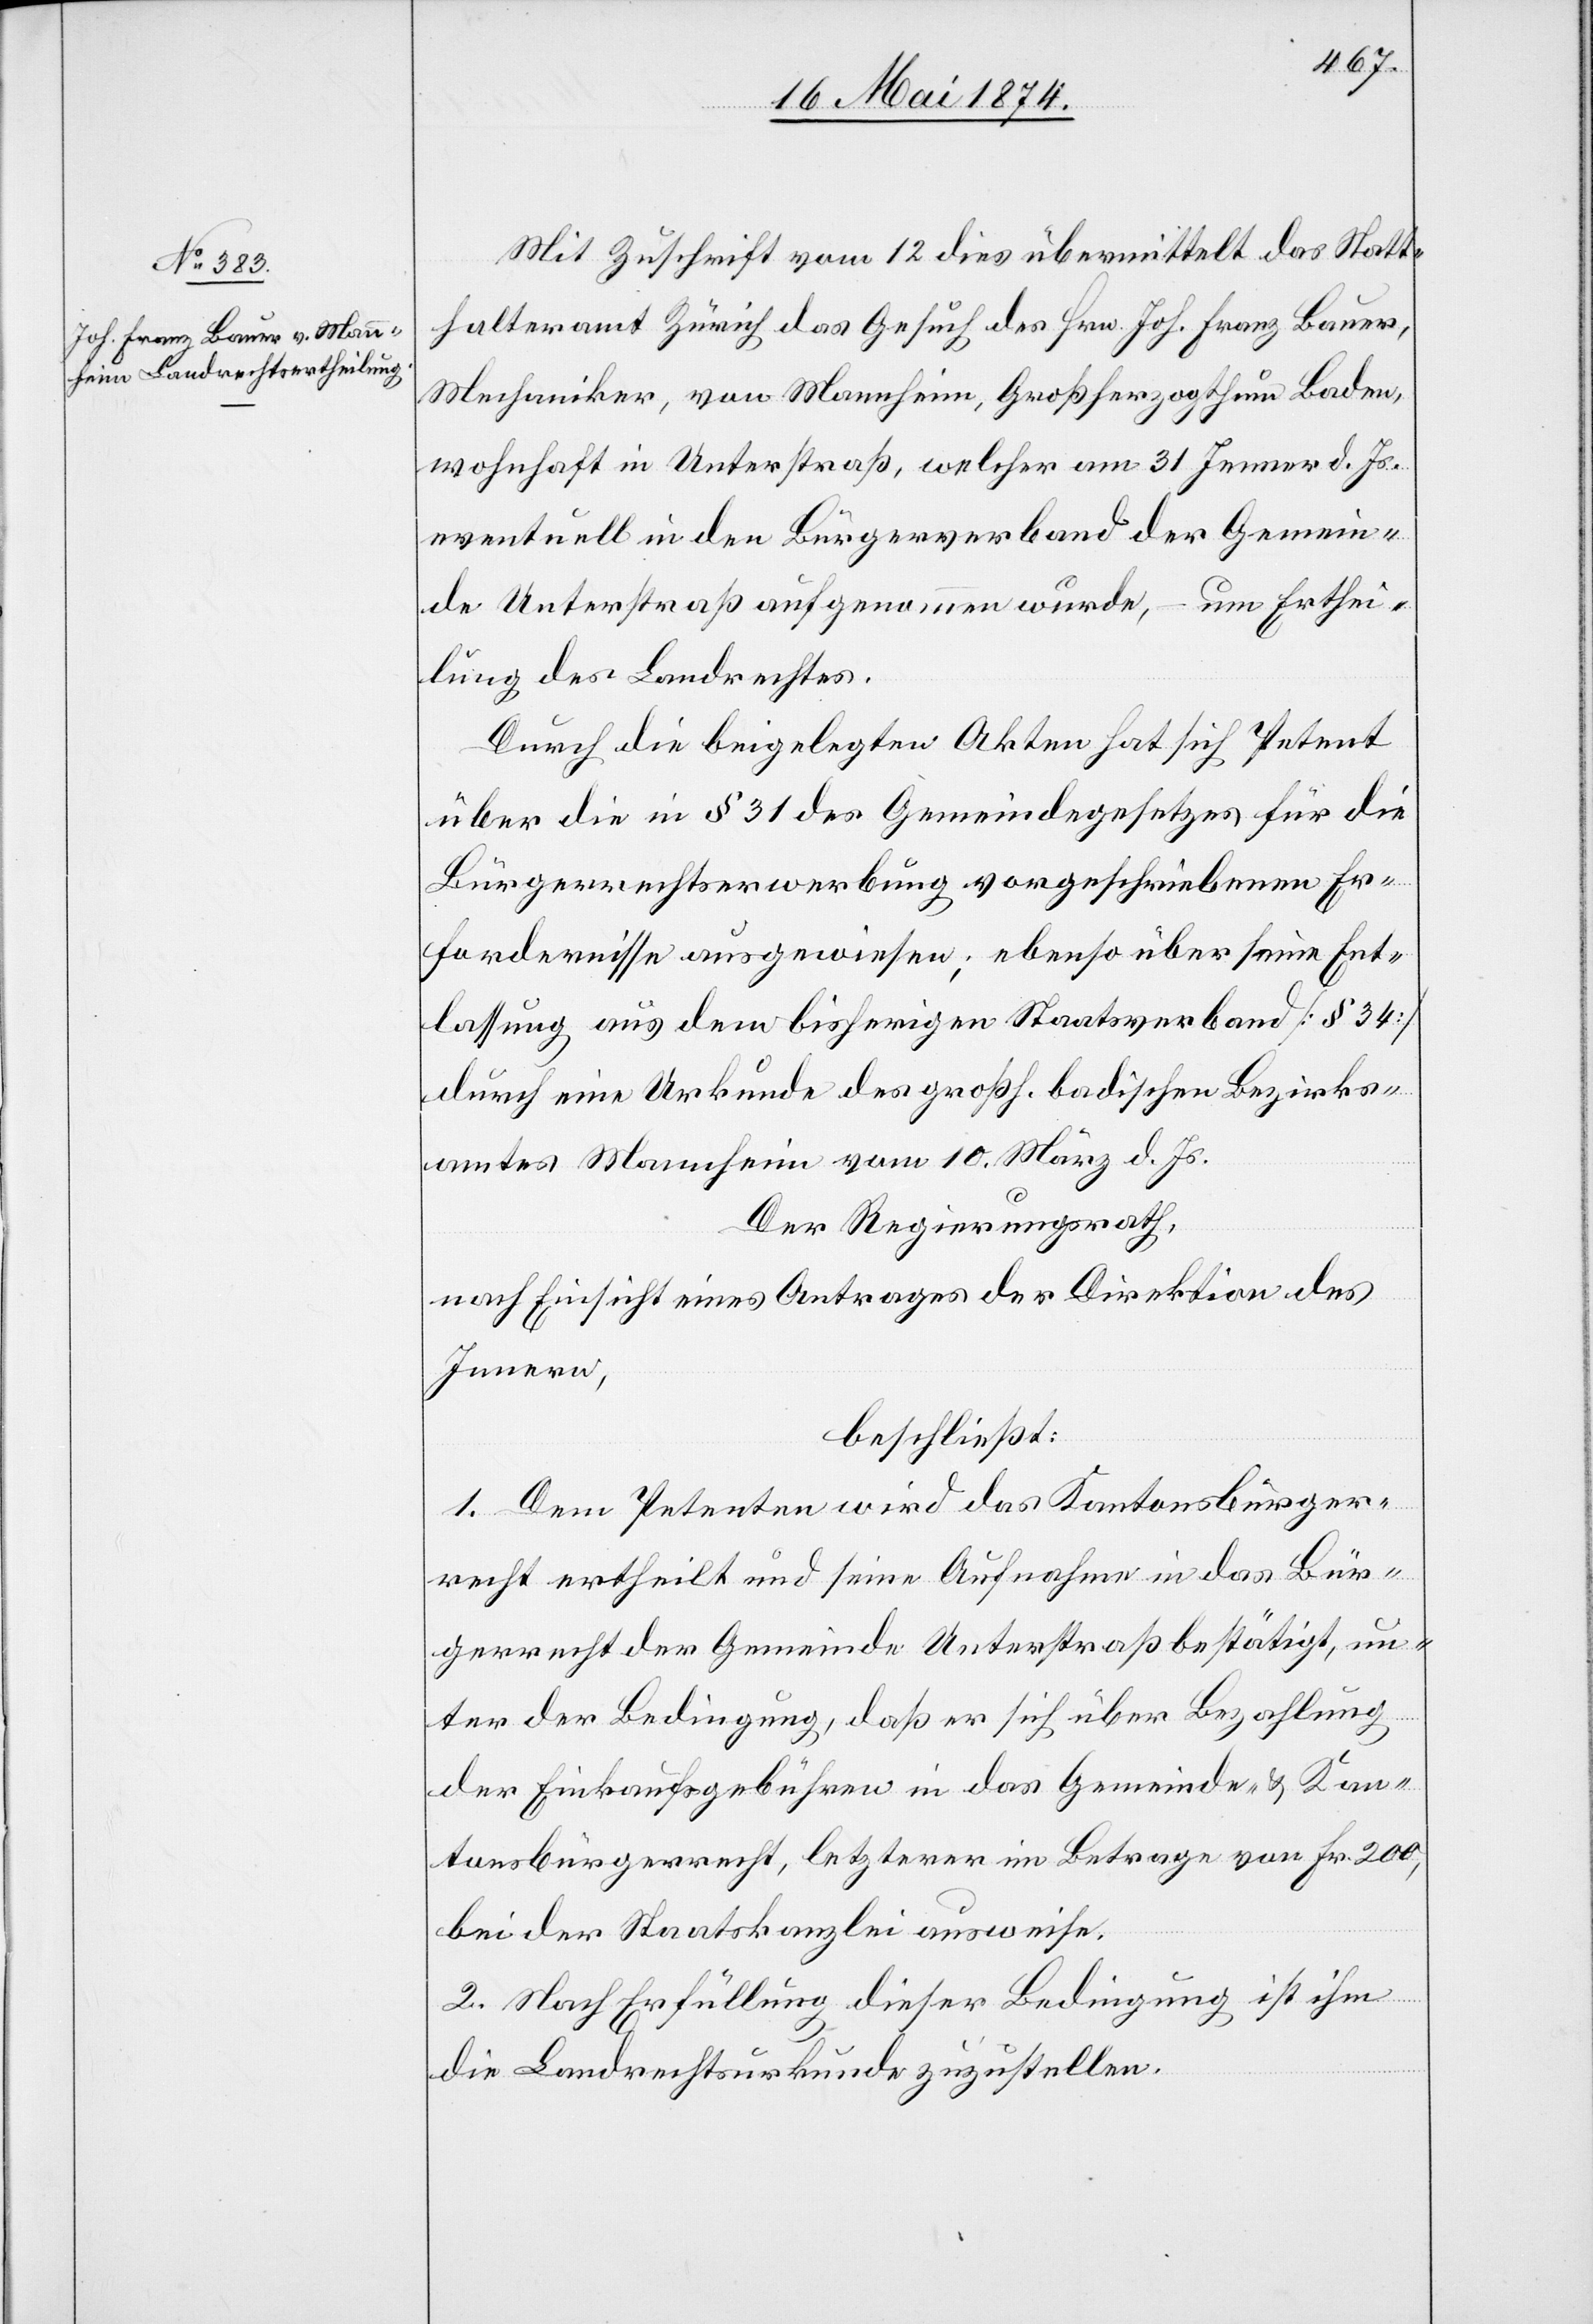
Mit Zuschrift vom 12. dies übermittelt das Statt¬
halteramt Zürich das Gesuch des Hrn. Joh. Franz Bauer,
Mechaniker, von Mannheim, Großherzogthum Baden,
wohnhaft in Unterstraß, welcher am 31. Jenner d. Js.
eventuell in den Bürgerverband der Gemein¬
de Unterstraß aufgenommen wurde, – um Erthei¬
lung des Landrechtes.
Durch die beigelegten Akten hat sich Petent
über die in § 31 des Gemeindegesetzes für die
Bürgerrechtserwerbung vorgeschriebenen Er¬
fordernisse ausgewiesen; ebenso über seine Ent¬
lassung aus dem bisherigen Staatsverband [§ 34]
durch eine Urkunde des großh. badischen Bezirks¬
amtes Mannheim vom 10. März d. Js.
Der Regierungsrath,
nach Einsicht eines Antrages der Direktion des
Innern,
beschließt:
1. Dem Petenten wird das Kantonsbürger¬
recht ertheilt und seine Aufnahme in das Bür¬
gerrecht der Gemeinde Unterstraß bestätigt, un¬
ter der Bedingung, daß er sich über Bezahlung
der Einkaufsgebühren in das Gemeinde- u. Kan¬
tonsbürgerrecht, letzterer im Betrage von Fr. 200,
bei der Staatskanzlei ausweise.
2. Nach Erfüllung dieser Bedingung ist ihm
die Landrechtsurkunde zuzustellen.